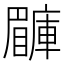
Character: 𥌙